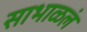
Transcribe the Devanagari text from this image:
साभाळलं